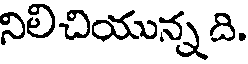
నిలిచియున్న ది.